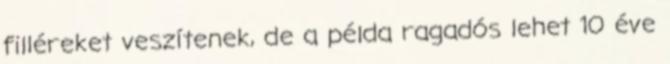
filléreket veszítenek, de a példa ragadós lehet 10 éve